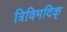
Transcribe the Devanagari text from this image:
त्रिविमदिक्